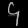
Digit: ၄